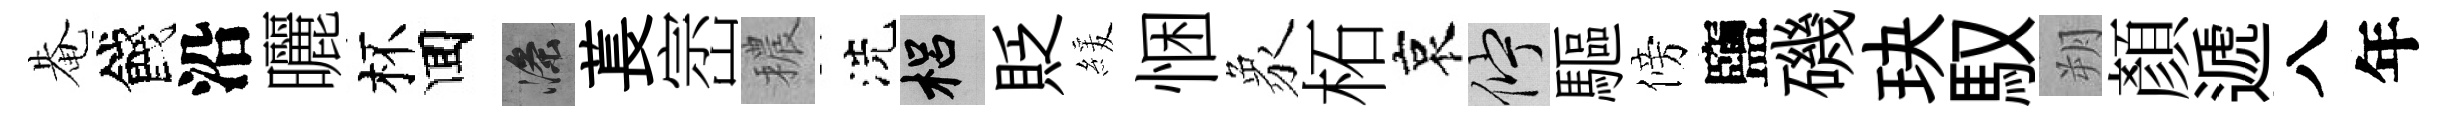
𤲅餞沿曬杯囬滌萇崈穠洗梠貶緩悃象柘哀伫驅傍鹽磯玦馭朔顔遞八年